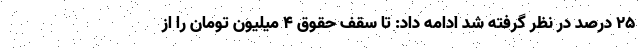
25 درصد در نظر گرفته شد ادامه داد: تا سقف حقوق 4 میلیون تومان را از